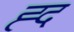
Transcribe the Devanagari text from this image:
ह्द